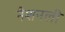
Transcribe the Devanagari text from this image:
नैशनली